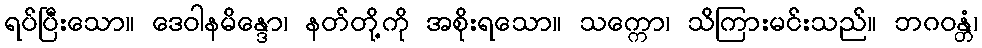
ရပ်ပြီးသော။ ဒေဝါနမိန္ဒော၊ နတ်တို့ကို အစိုးရသော။ သက္ကော၊ သိကြားမင်းသည်။ ဘဂဝန္တံ၊